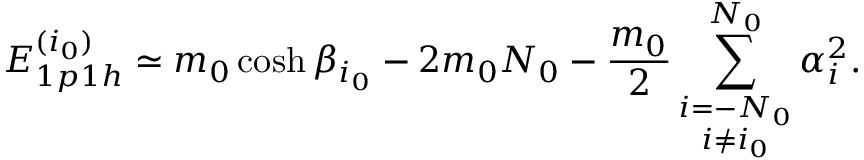
E _ { 1 p 1 h } ^ { ( i _ { 0 } ) } \simeq m _ { 0 } \cosh \beta _ { i _ { 0 } } - 2 m _ { 0 } N _ { 0 } - \frac { m _ { 0 } } { 2 } \sum _ { \stackrel { \scriptstyle i = - N _ { 0 } } { i \not = i _ { 0 } } } ^ { N _ { 0 } } \alpha _ { i } ^ { 2 } .